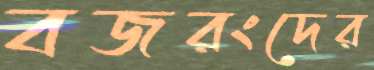
বজরংদের